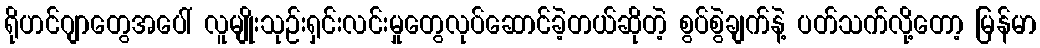
ရိုဟင်ဂျာတွေအပေါ် လူမျိုးသုဉ်းရှင်းလင်းမှုတွေလုပ်ဆောင်ခဲ့တယ်ဆိုတဲ့ စွပ်စွဲချက်နဲ့ ပတ်သက်လို့တော့ မြန်မာ